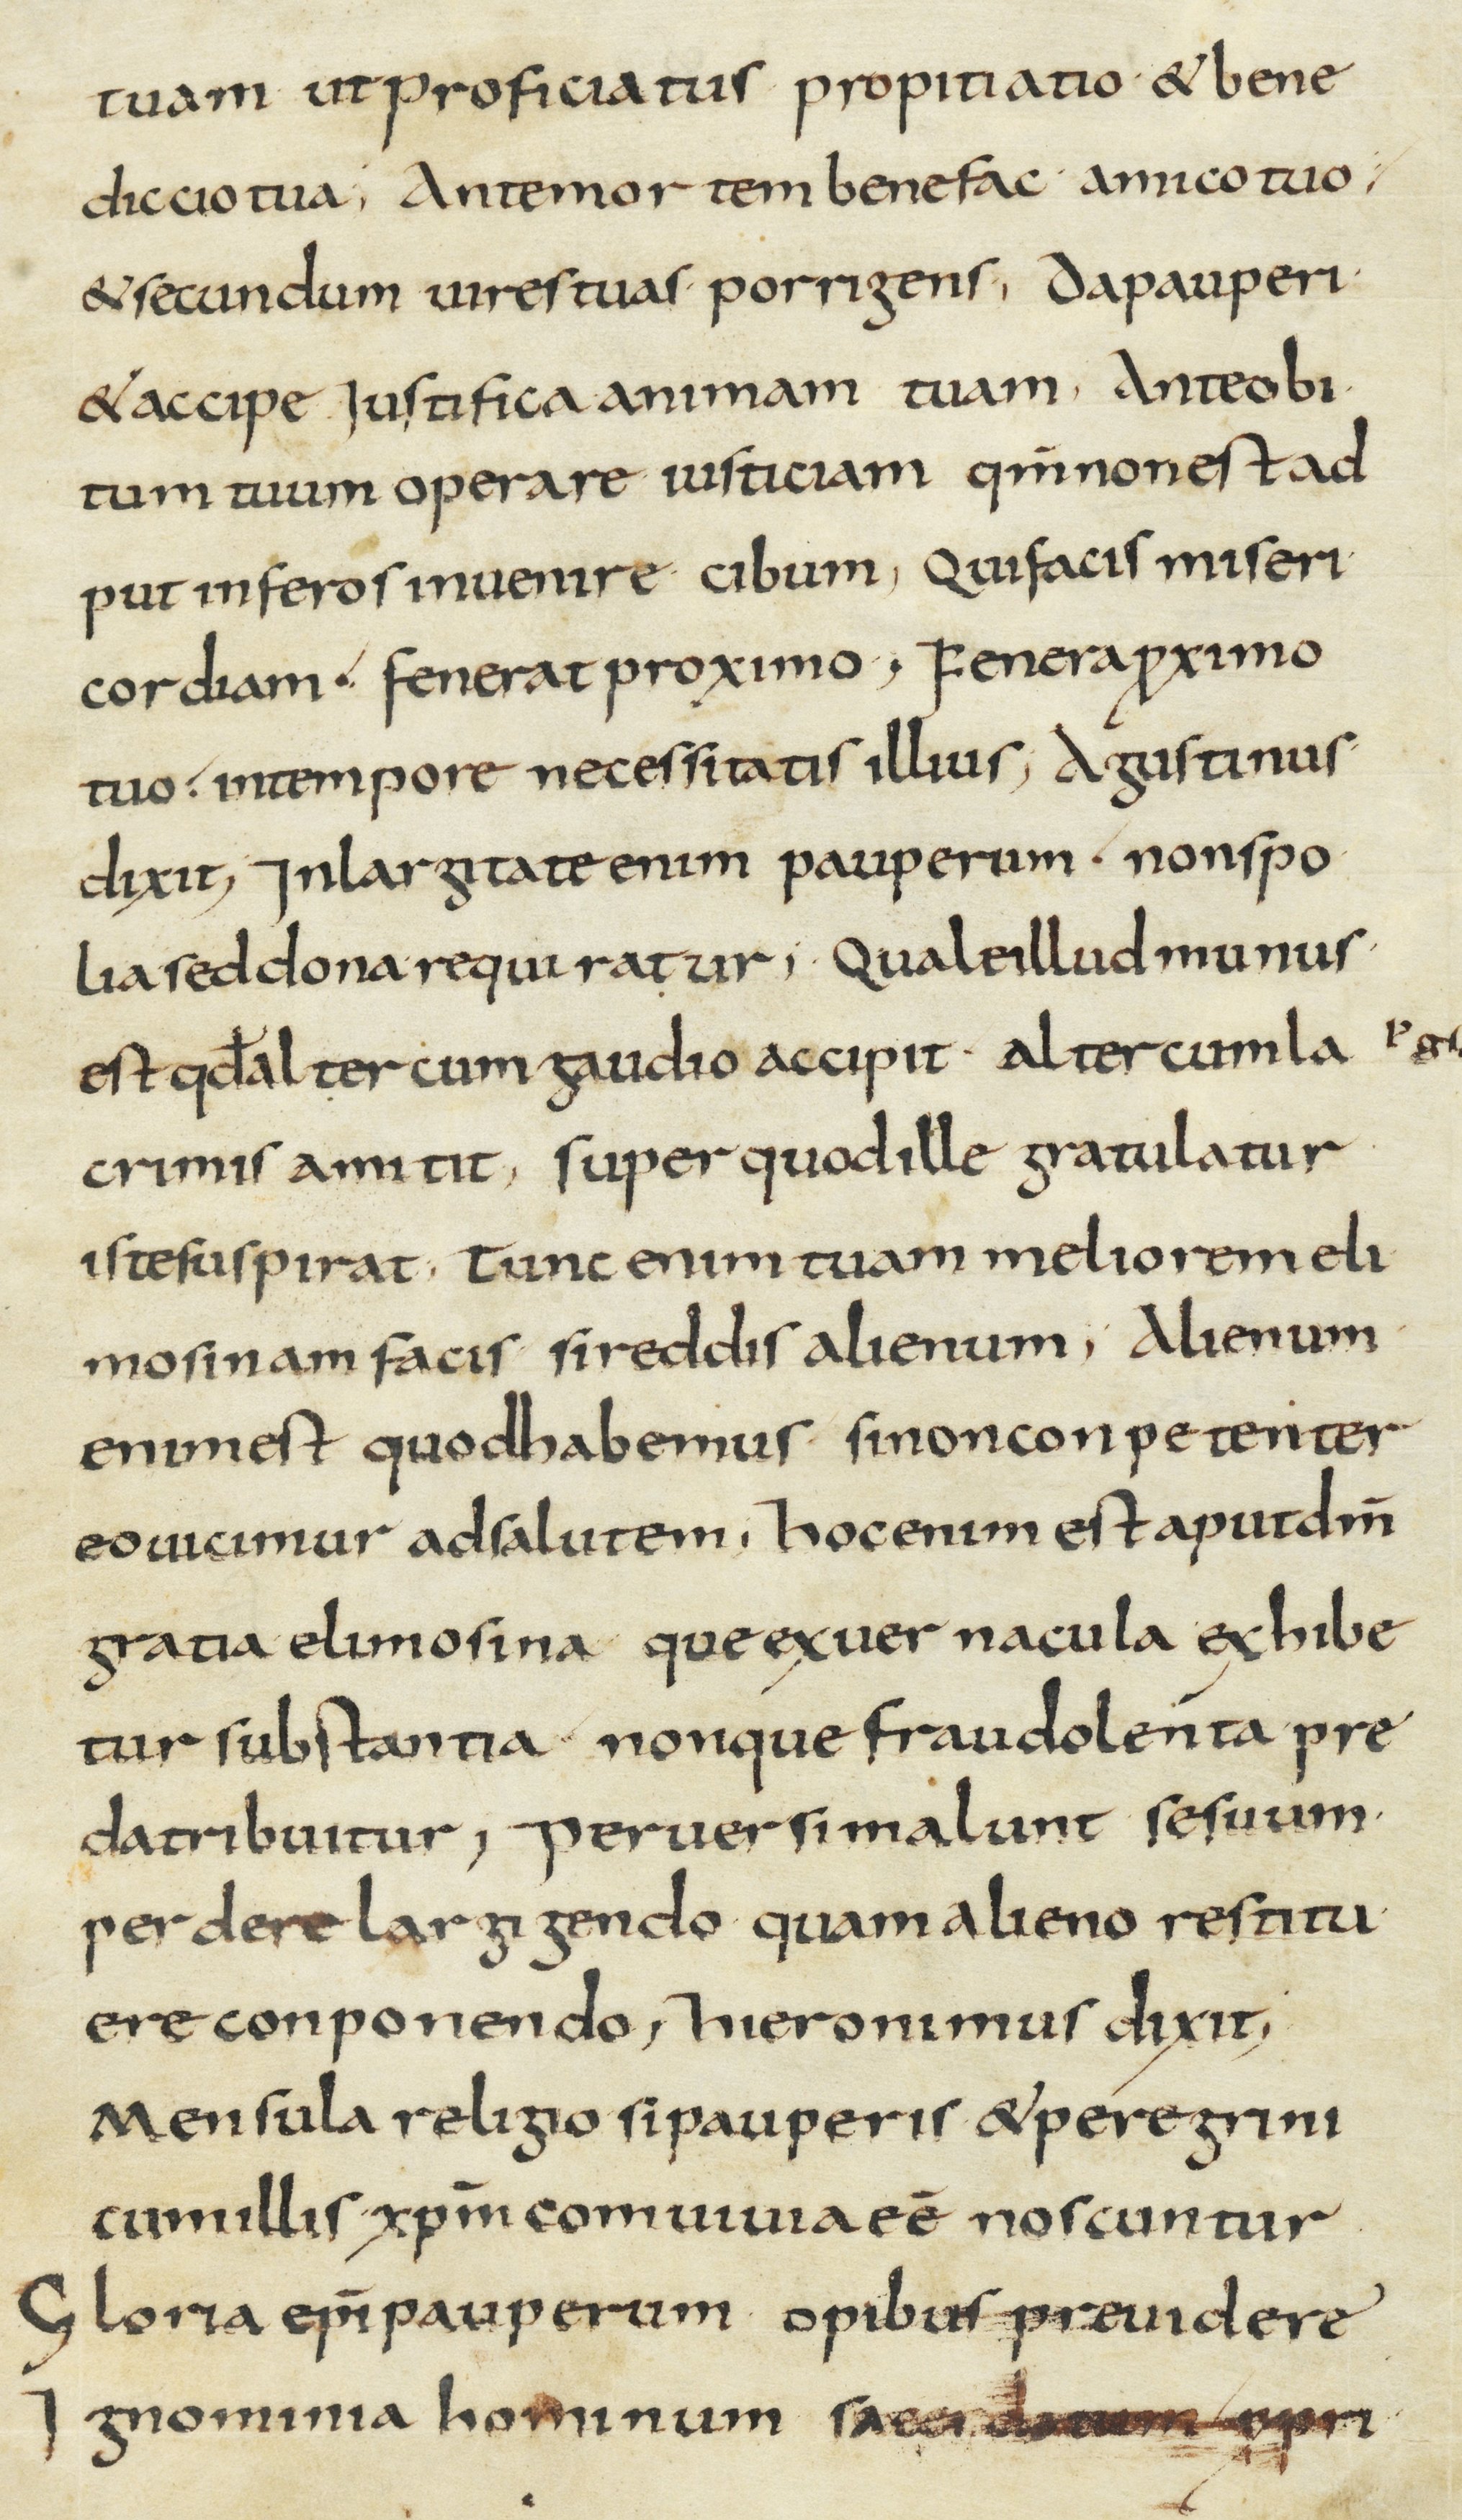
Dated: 800–899